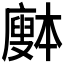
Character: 𰐅